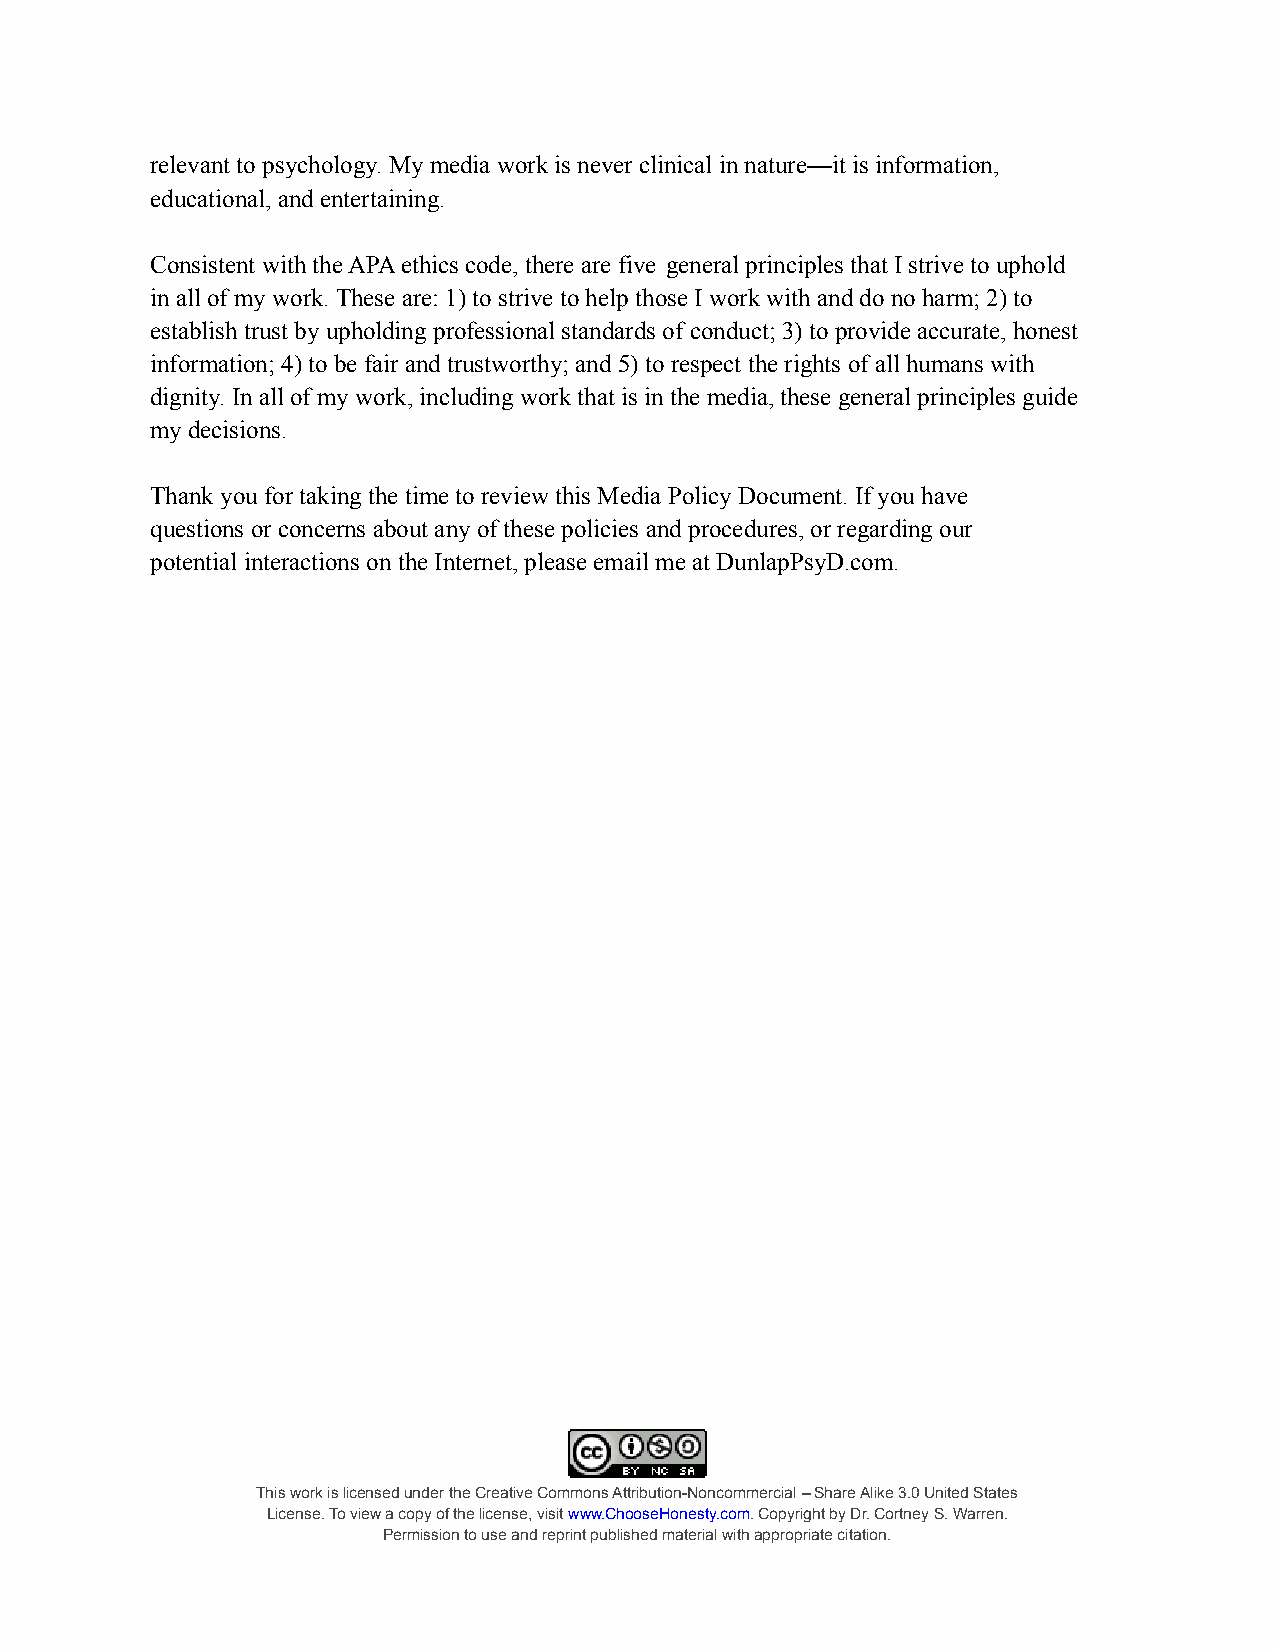
relevant to psychology. My media work is never clinical in nature—it is information,
 educational, and entertaining.
 Consistent with the APA ethics code, there are five general principles that I strive to uphold
 in all of my work. These are: 1) to strive to help those I work with and do no harm; 2) to
 establish trust by upholding professional standards of conduct; 3) to provide accurate, honest
 information; 4) to be fair and trustworthy; and 5) to respect the rights of all humans with
 dignity. In all of my work, including work that isin the media, these general principles guide
 my decisions.
 Thank you for taking the time to review this MediaPolicy Document. If you have
 questions or concerns about any of these policiesand procedures, or regarding our
 potential interactions on the Internet, please emailme at DunlapPsyD.com.
 This work is licensed under the Creative Commons Attribution-Noncommercial– Share Alike 3.0 United States
 License. To view a copy of the license, visitwww.ChooseHonesty.com.Copyright by Dr. Cortney S. Warren.
 Permission to use and reprint published material withappropriate citation.